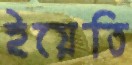
ইয়েতি